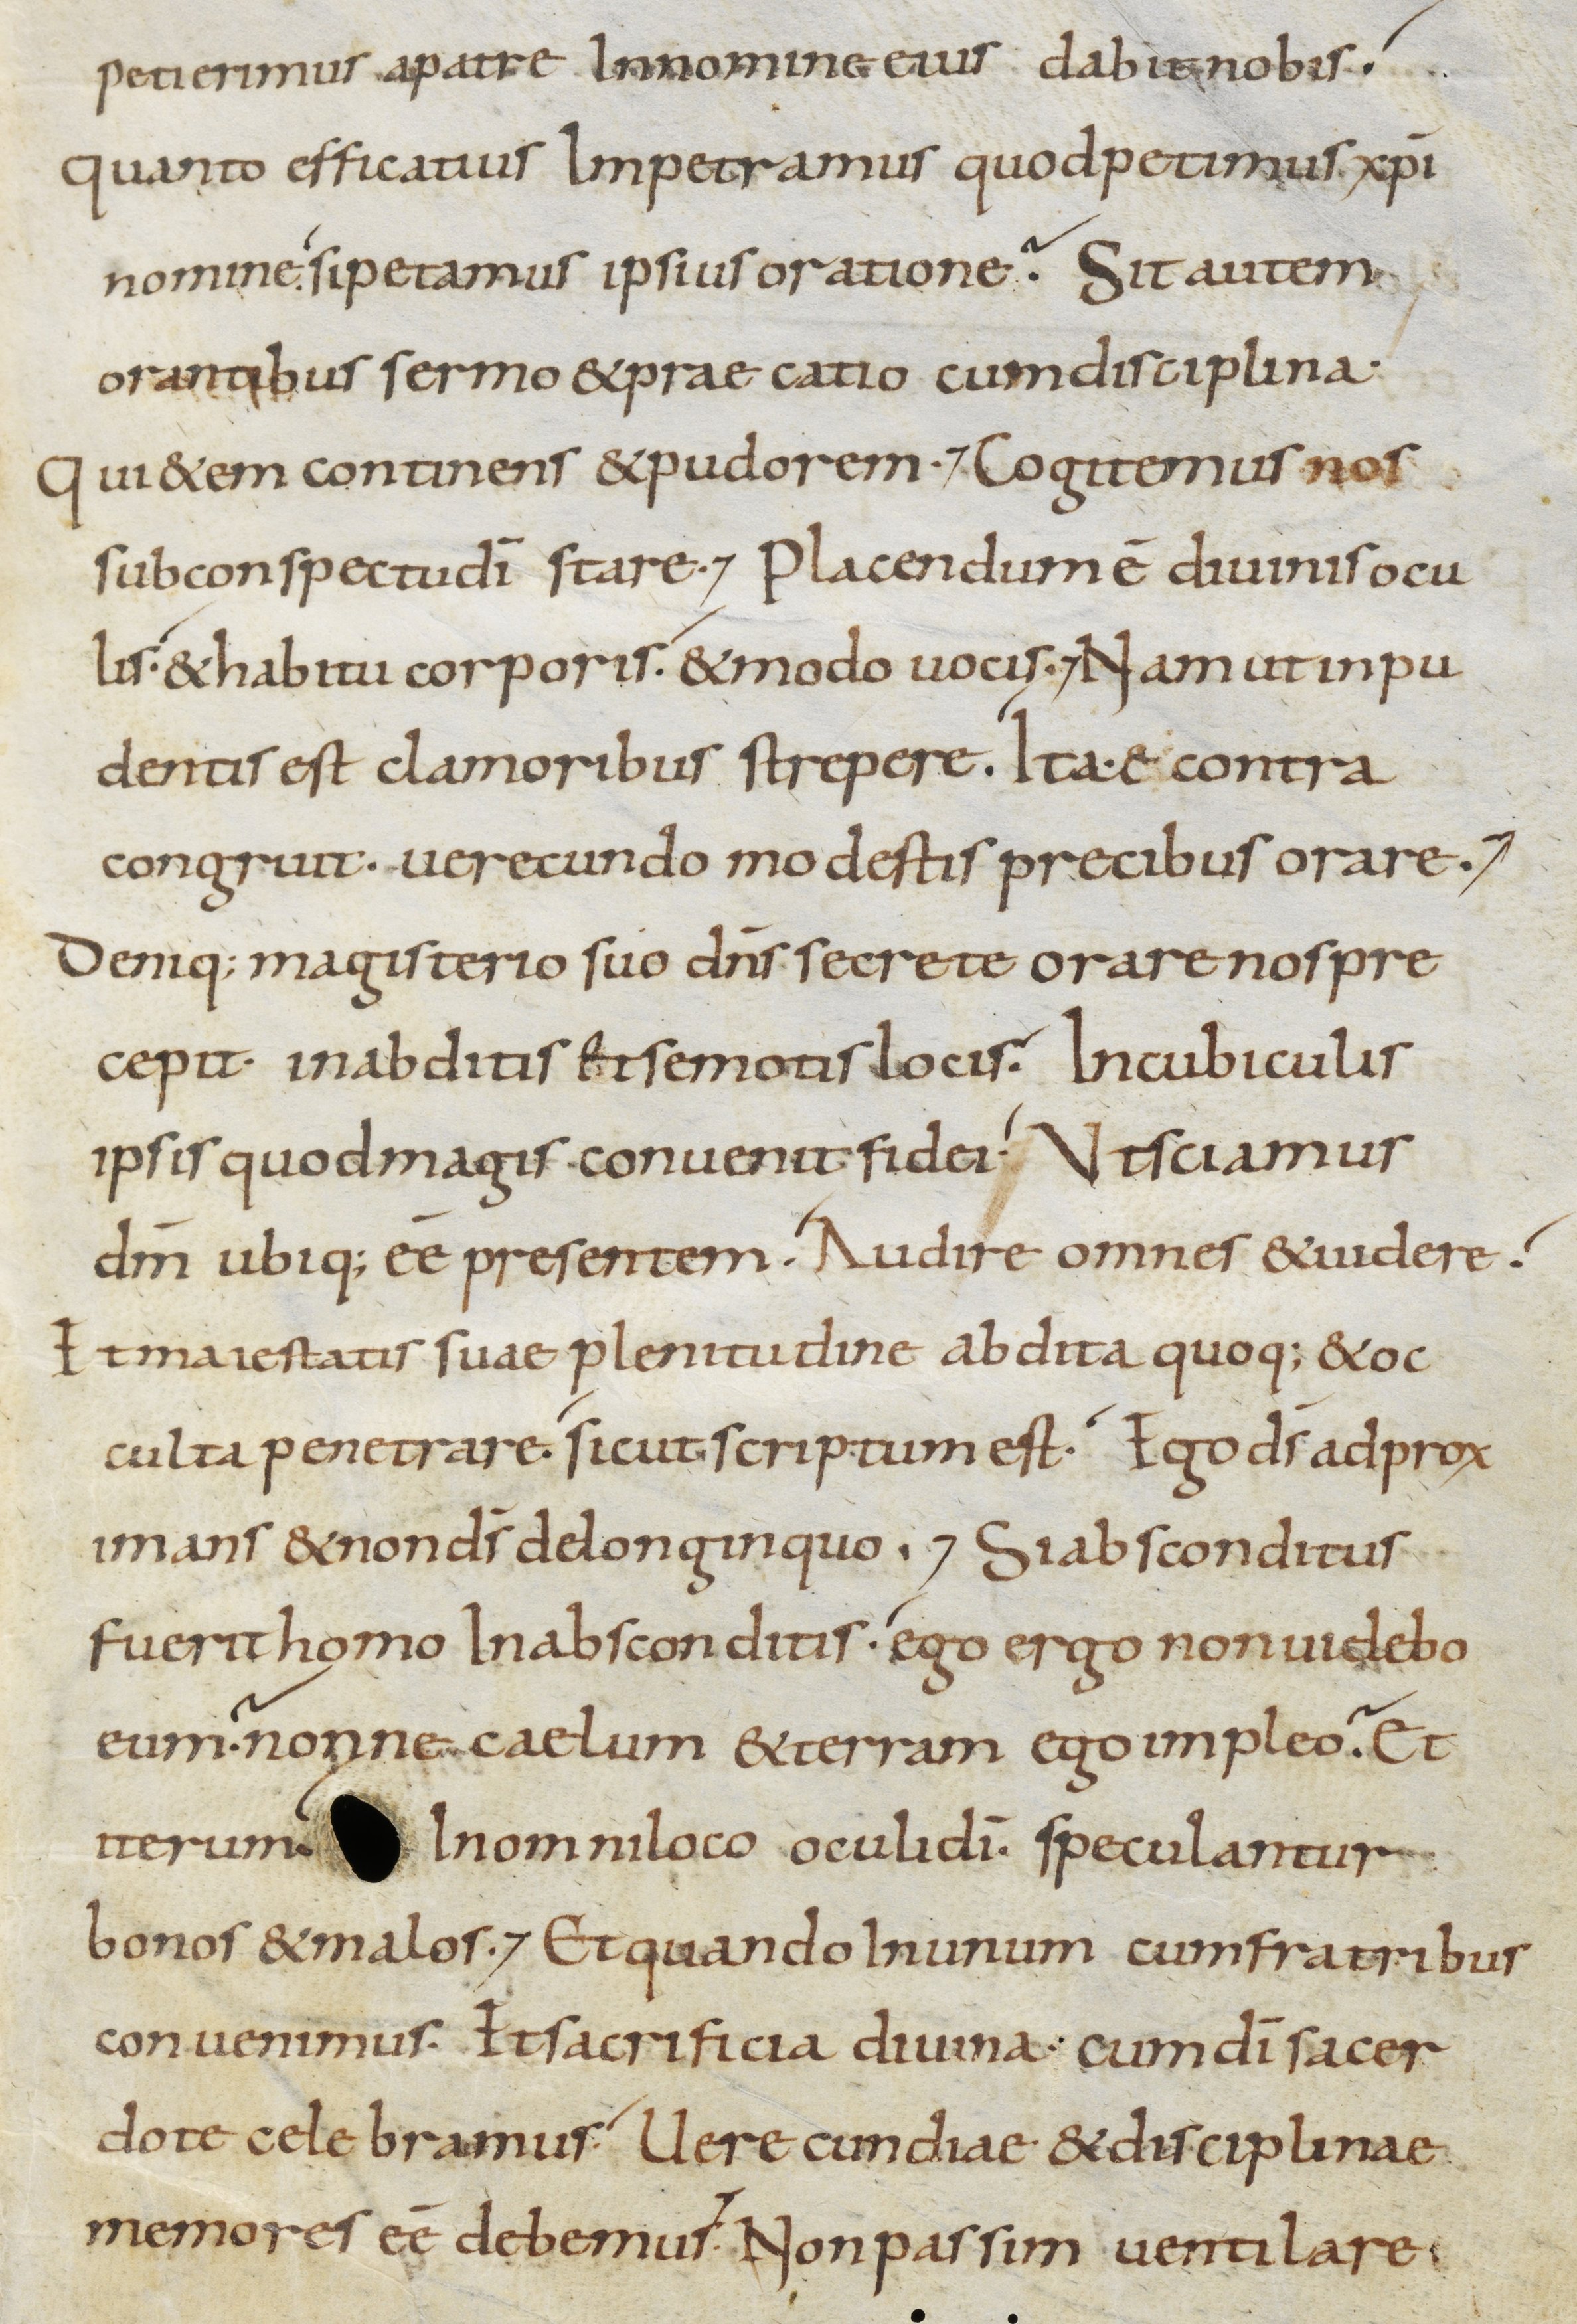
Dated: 800–899